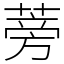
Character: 蒡